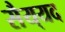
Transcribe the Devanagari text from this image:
सैय्‌यद